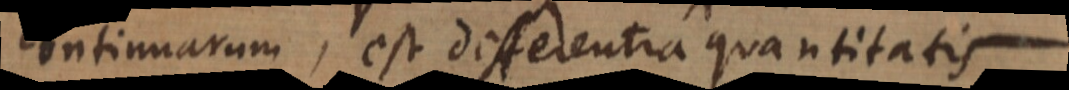
continuarum, est differentia quantitatis